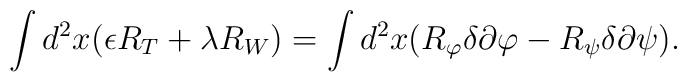
\int d^2x(\epsilon R_T+\lambda R_W)=\int d^2x(R_\varphi\delta\partial\varphi-R_\psi\delta\partial\psi).